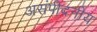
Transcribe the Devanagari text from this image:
असंपीदनीय